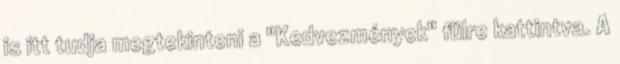
is itt tudja megtekinteni a "Kedvezmények" fülre kattintva. A